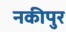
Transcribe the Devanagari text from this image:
नकीपुर